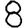
Digit: 8